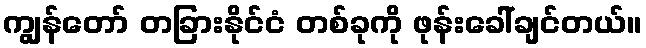
ကျွန်တော် တခြားနိုင်ငံ တစ်ခုကို ဖုန်းခေါ်ချင်တယ်။